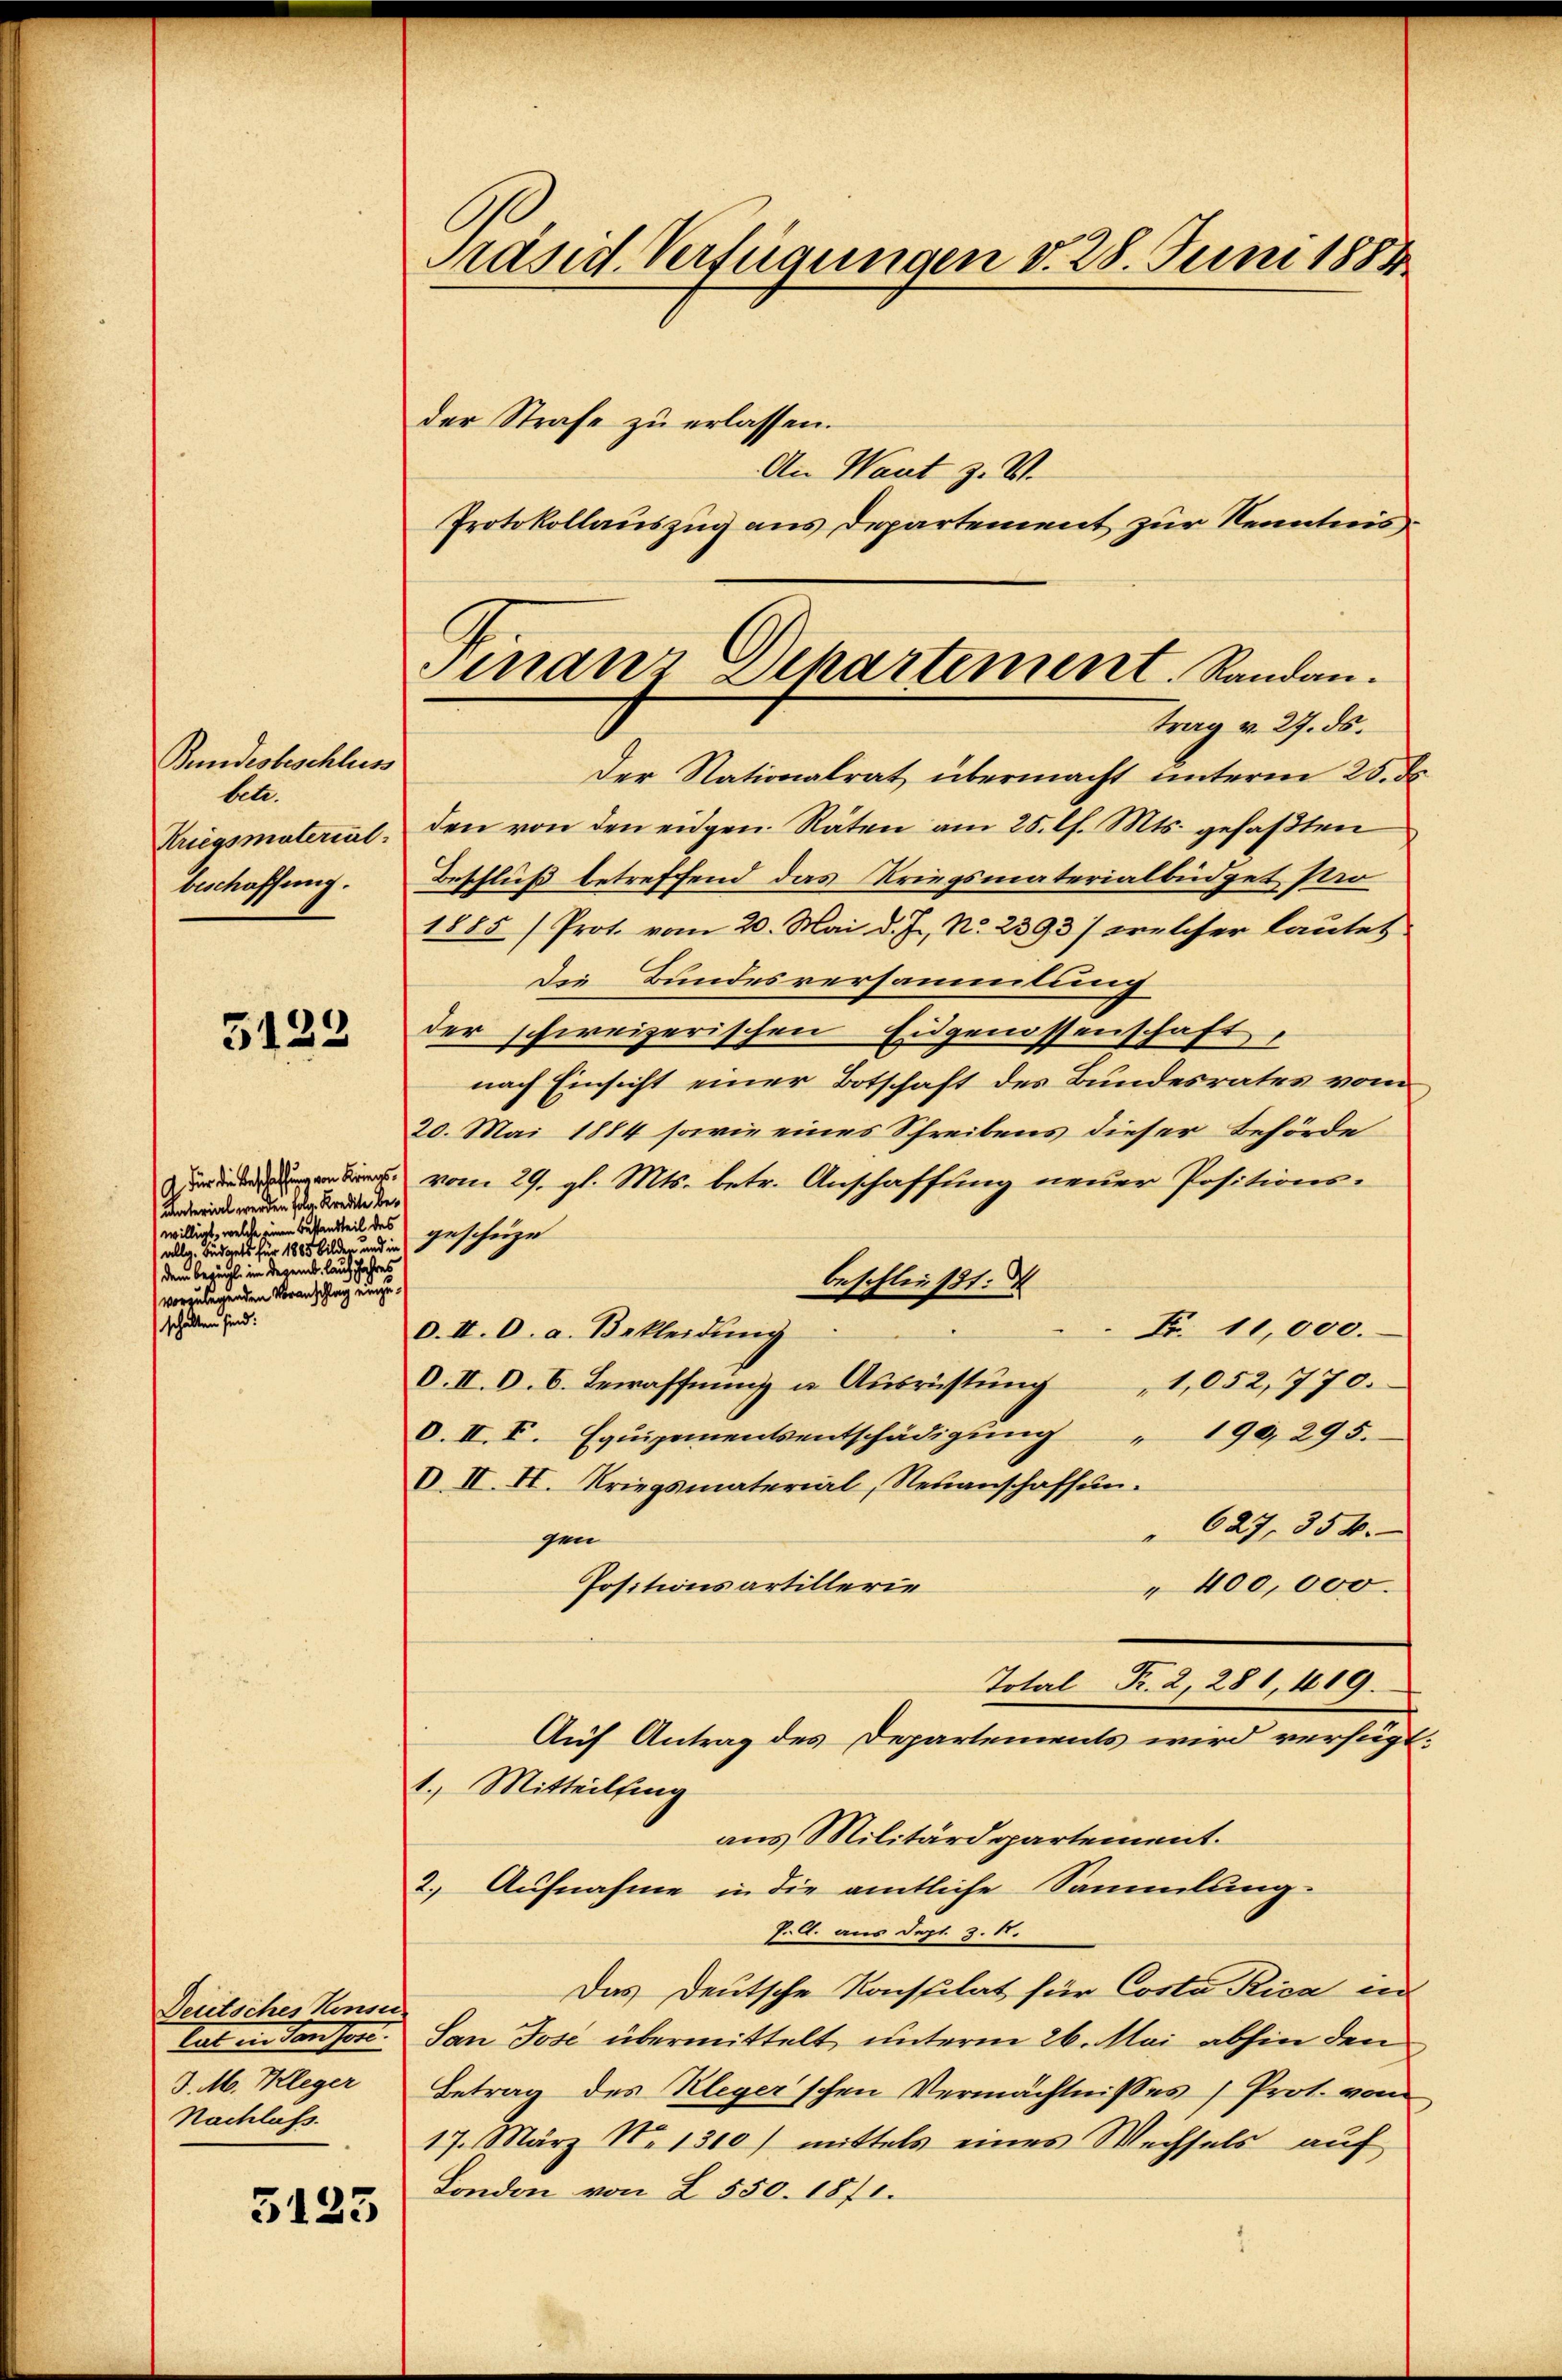
Bundesbeschluss
lete.
Kriegsmaterial
beschaffung.

5122

Für die Beschaffung von Kriegsmaterial werden folg. Kredite bewilligt, welche einen Bestandteil des
allg. Budgets für 1865 bilden und in
dem bezügl. im Dezemb. lauf Jahres
vorzulegenden Voranschlag einzuschalten sind.

Deutsches Kanon
tal ein densen.
J. M. Kleger
Nachlass.

3123

Präsid. Verfügungen v. 28. Juni 1884

der Strafe zu erlassen.
An Want z. V.
Protokollauszug aus Departement zur Kenntnis¬
Der Nationalrat übermacht unterm 25. de
den von den eidgen. Räten am 25. l. Mts. gefaβten
Beschluß betreffend das Kriegsmaterialbüdget Paro
1885 /Prot. vom 20. Mai d. Js. No. 2393) welcher lautet
Die Bundesversammlung
der schweizerischen Eidgenossenschaft,
nach Einsicht einer Botschaft des Bundesrates vom
20. Mai 1884 sowie eines Schreibens dieser Behörde
vom 29. gl. Mts. betr. Anschaffung neuer Positionsgeschüze
beschließt: d
Fr. 10,000.
O. II. D. a. Bekleidung
O. II. D. B. Bewaffnung u. Ausrichtung
1,052, 770.
d. II. V. Equipementsentschädigŭng " 199, 295.
V. II. II. Kriegsmaterial, Neuanschaffun
627, 354.
gen
Positionsartillerie
"400,000.
Total Fr. 2, 281, 419.
Auf Antrag des Departements wird verfüg-
1.) Mitteilsing
aus Militärdepartement.
2.) Aufnahme in die amtliche Sammlung.
P. A. aus Sept. 3. d.
Das Deutsche Konsulat für Costa Rica in
San Jose übermittelt, unterm 26. Mai abhin den
Betrag des Kleger'schen Vermächtnisses Prot. vom
17. März N. 1310) mittels eines Wechsels aŭf
London von I 550. 1871.

Finanz Departement. Randan
trag v. 27. ds.